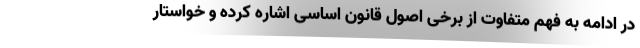
در ادامه به فهم متفاوت از برخی اصول قانون اساسی اشاره کرده و خواستار